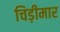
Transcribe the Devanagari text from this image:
चिड़ीमार